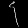
Digit: ၄